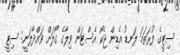
ސިޓީގެ ފުރަތަމަ ލަނޑު އެޑިން ޖެކޯ އެސްޓަން ވިލާގެ ގޯލަށް ވައްދާލަނީ: ސިޓީ